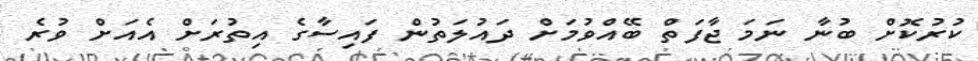
ކުރުކޮށް ބުނާ ނަމަ ޖާފަތް ބޭއްވުމަށް ދައުލަތުން ފައިސާގެ އިތުރަށް އެއަށް ވުރެ